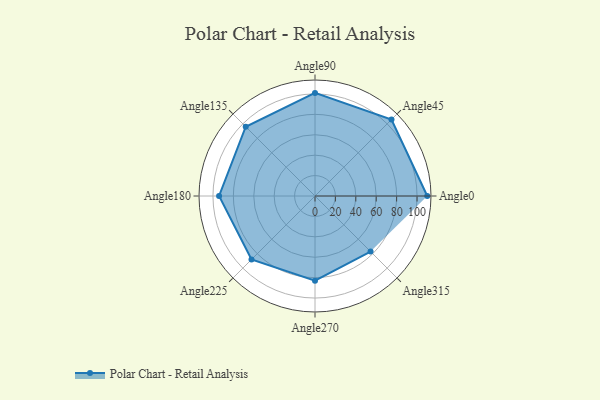
{"axis": {"x": "Angle", "y": "Radius"}, "legend": [""], "data": [{"x": "Angle0", "y": 110.0, "type": ""}, {"x": "Angle45", "y": 106.0, "type": ""}, {"x": "Angle90", "y": 101.0, "type": ""}, {"x": "Angle135", "y": 96.0, "type": ""}, {"x": "Angle180", "y": 94.0, "type": ""}, {"x": "Angle225", "y": 88.0, "type": ""}, {"x": "Angle270", "y": 83.0, "type": ""}, {"x": "Angle315", "y": 77.0, "type": ""}]}